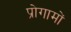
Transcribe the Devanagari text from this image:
प्रोगामों